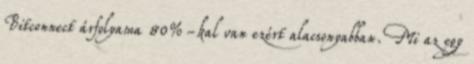
Bitconnect árfolyama 80%-kal van ezért alacsonyabban. Mi az egy